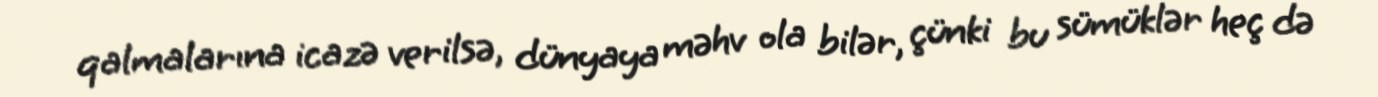
qalmalarına icazə verilsə, dünyaya məhv ola bilər, çünki bu sümüklər heç də